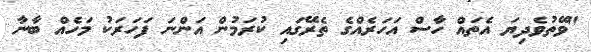
"ވޭތުވެދިޔަ އެތައް ހާސް އަހަރެއްގެ ތެރޭގައި ކުރަމުން އަންނަ ފަހަރަކު މަހެއް ބާނާ